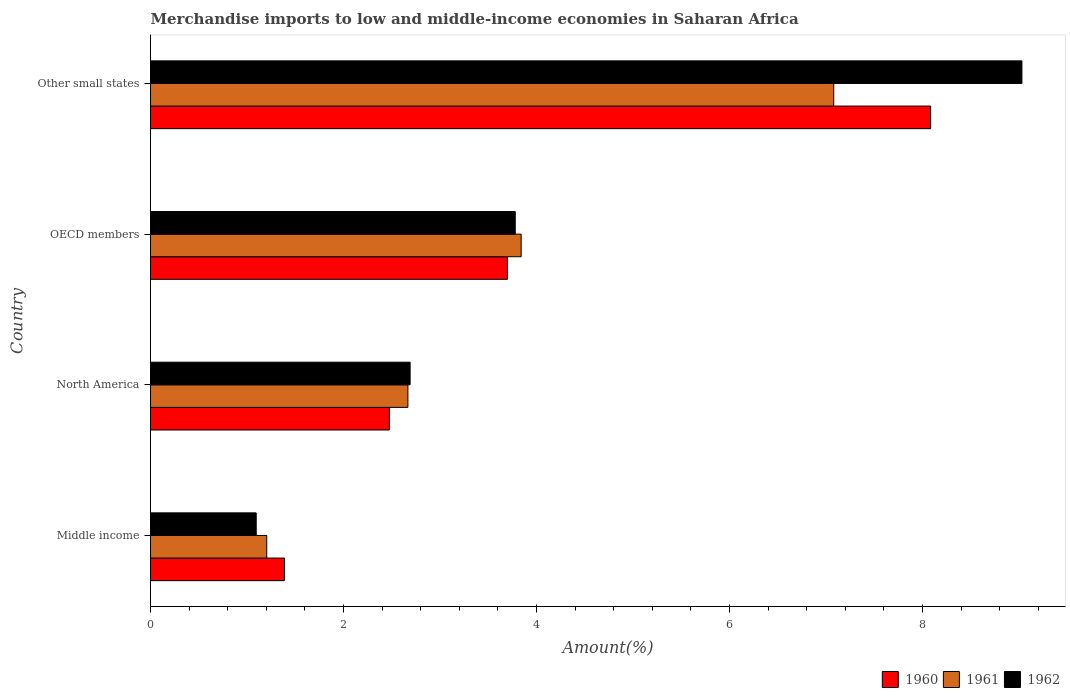
| Country | 1960 | 1961 | 1962 |
 | --- | --- | --- | --- |
 | Middle income | 1.39 | 1.2 | 1.1 |
 | North America | 2.47 | 2.67 | 2.69 |
 | OECD members | 3.7 | 3.84 | 3.78 |
 | Other small states | 8.08 | 7.08 | 9.03 |